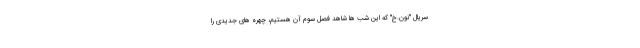
سریال "نون.خ" که این شب ها شاهد فصل سوم آن هستیم، چهره های جدیدی را